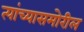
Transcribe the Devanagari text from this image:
त्यांच्यासमोरील